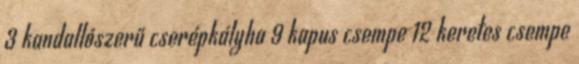
3 kandallószerű cserépkályha 9 kapus csempe 12 keretes csempe